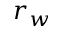
r _ { w }